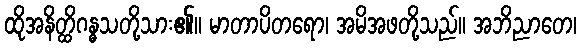
ထိုအနိတ္ထိဂန္ဓသတို့သား၏။ မာတာပိတရော၊ အမိအဖတို့သည်။ အဘိညာတေ၊